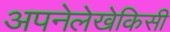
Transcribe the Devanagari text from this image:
अपनेलेखेकिसी